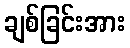
ချစ်ခြင်းအား